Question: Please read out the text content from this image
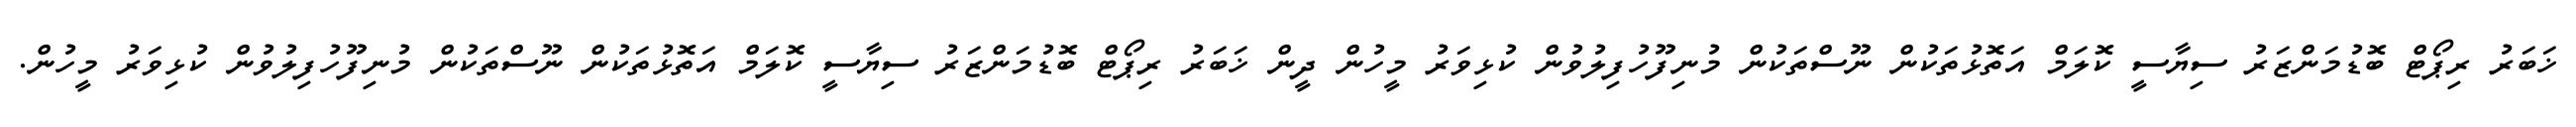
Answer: ޚަބަރު ރިޕޯޓް ބޮޑުމަންޒަރު ސިޔާސީ ކޮލަމް އަތޮޅުތަކުން ނޫސްތަކުން މުނިފޫހުފިލުވުން ކުޅިވަރު މީހުން ދީން ޚަބަރު ރިޕޯޓް ބޮޑުމަންޒަރު ސިޔާސީ ކޮލަމް އަތޮޅުތަކުން ނޫސްތަކުން މުނިފޫހުފިލުވުން ކުޅިވަރު މީހުން.